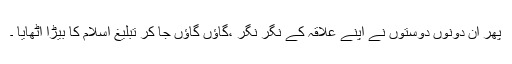
پھر ان دونوں دوستوں نے اپنے علاقہ کے نگر نگر ،گاؤں گاؤں جا کر تبلیغ اسلام کا بیڑا اٹھایا ۔